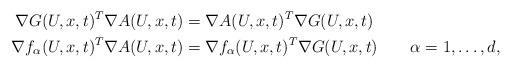
LaTeX: \begin{align*}\nabla G(U,x,t)^T\nabla A(U,x,t)&=\nabla A(U,x,t)^T\nabla G(U,x,t)\\\nabla f_\alpha(U,x,t)^T\nabla A(U,x,t)&=\nabla f_\alpha(U,x,t)^T\nabla G(U,x,t)\qquad\alpha=1,\dots,d,\end{align*}